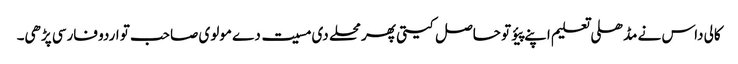
کالی داس نے مڈھلی تعلیم اپنے پیؤ تو حاصل کیتی پھر محلے دی مسیت دے مولوی صاحب تو اردو فارسی پڑھی۔